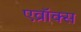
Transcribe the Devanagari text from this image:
एव्रॉक्स